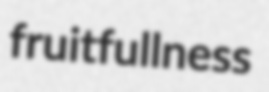
fruitfullness